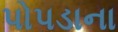
પોપડાના